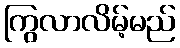
ကြွလာလိမ့်မည်